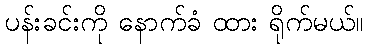
ပန်းခင်းကို နောက်ခံ ထား ရိုက်မယ်။